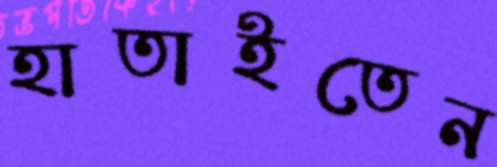
হাতাইতেন